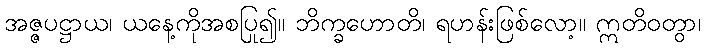
အဇ္ဇပဋ္ဌာယ၊ ယနေ့ကိုအစပြု၍။ ဘိက္ခဟောတိ၊ ရဟန်းဖြစ်လော့။ ဣတိဝတွာ၊